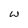
Character: W